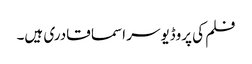
فلم کی پروڈیوسر اسما قادری ہیں۔